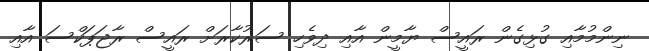
ނިންމުމާއި ގުޅިގެން ރައީސް ޔާމީން އާއި ދިވެހި ސަރުކާރަށް ރައީސް ރާޖަޕަކްސަ އާއި